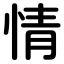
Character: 情